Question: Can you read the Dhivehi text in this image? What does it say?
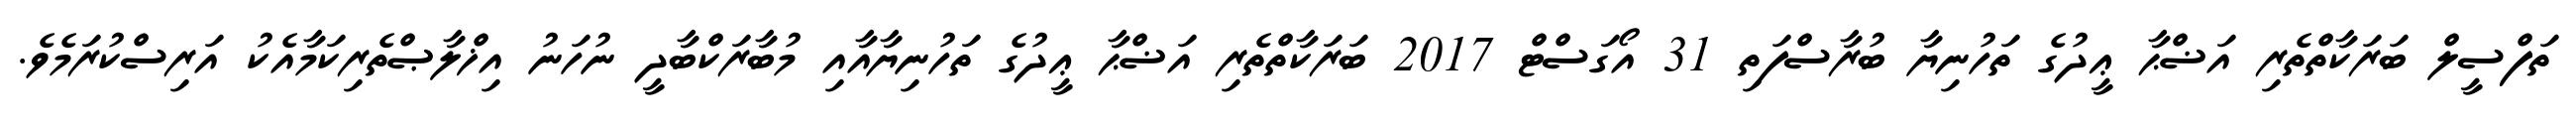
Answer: ތަފްސީލް ބަރަކާތްތެރި އަޟްޙާ ޢީދުގެ ތަހުނިޔާ ބުރާސްފަތި 31 އޯގަސްޓް 2017 ބަރަކާތްތެރި އަޟްޙާ ޢީދުގެ ތަހުނިޔާއާއި މުބާރަކްބާދީ ނުހަނު އިޚްލާޞްތެރިކަމާއެކު އަރިސްކުރަމެވެ.